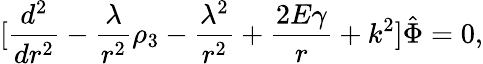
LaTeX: \lbrack{\frac{d^{2}}{dr^{2}}}-{\frac{\lambda}{r^{2}}}\rho_{3}-{\frac{\lambda^{2}}{r^{2}}}+{\frac{2E\gamma}{r}}+k^{2}\rbrack\hat{\Phi}=0,